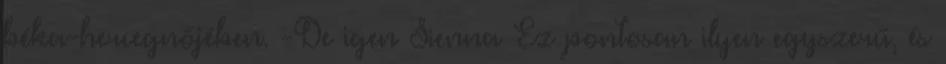
béka-hercegnőjében. -De igen Sienna Ez pontosan ilyen egyszerű, és